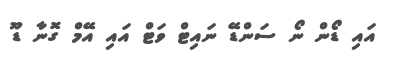
އައި ޑޯން ނޯ ސަންޑޭ ނައިޓް ވަޓް އައި އޭމް ގޮނާ ޑޫ